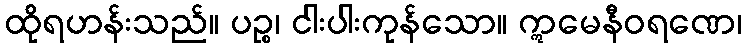
ထိုရဟန်းသည်။ ပဉ္စ၊ ငါးပါးကုန်သော။ ဣမေနီဝရဏေ၊